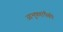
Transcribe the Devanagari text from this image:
आभूषणांपैकी